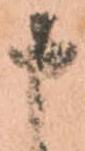
申